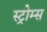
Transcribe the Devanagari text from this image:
स्ट्रोम्स